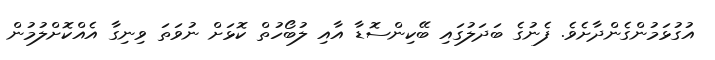
އުގުޅަމުންގެންދާށެވެ. ފެނުގެ ބަދަލުގައި ބޭކިންސޮޑާ އާއި ލުބޯހުތް ކޮޅަށް ނުވަތަ ވިނިގާ އެއްކޮށްލުމުން